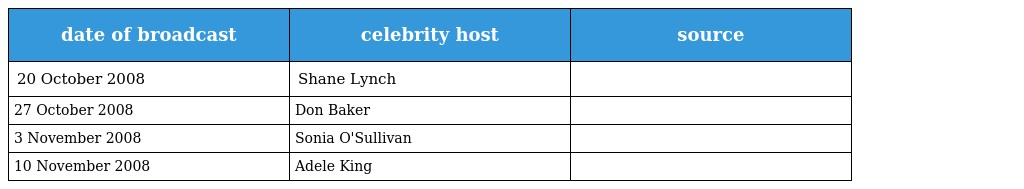
| date of broadcast | celebrity host | source |
 | --- | --- | --- |
 | 20 October 2008 | Shane Lynch |  |
 | 27 October 2008 | Don Baker |  |
 | 3 November 2008 | Sonia O'Sullivan |  |
 | 10 November 2008 | Adele King |  |